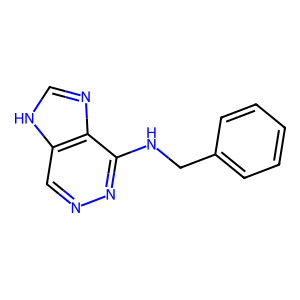
SMILES: c1ccc(CNc2nncc3[nH]cnc23)cc1
Inhibits HIV replication: No